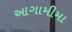
આગામીમા